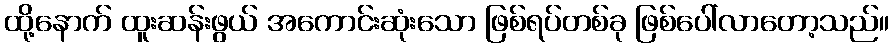
ထို့နောက် ထူးဆန်းဖွယ် အကောင်းဆုံးသော ဖြစ်ရပ်တစ်ခု ဖြစ်ပေါ်လာတော့သည်။